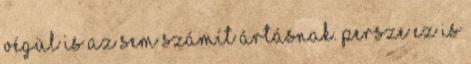
végül is az sem számít ártásnak. Persze ez is